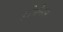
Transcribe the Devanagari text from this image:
होमेनम